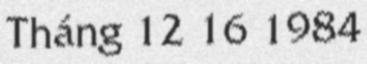
Tháng 12 16 1984